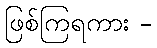
ဖြစ်ကြရကား -